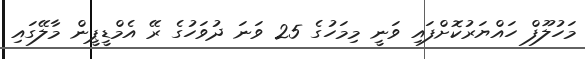
މަހުލޫފް ހައްޔަރުކޮށްފައި ވަނީ މިމަހުގެ 25 ވަނަ ދުވަހުގެ ރޭ އެމްޑީޕީން މާލޭގައި